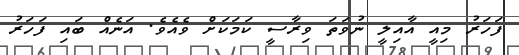
ފަހަރު މިއީ އާއިލީ ނުވަތަ ވިރާސީ ކަމަކަށް ވެއެވެ. އަނެއް ބައި ފަހަރު